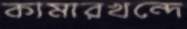
কামারখন্দে